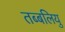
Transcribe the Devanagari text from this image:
तब्बलियु